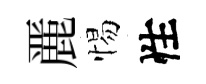
䴡惕性